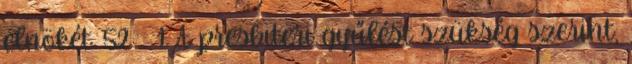
elnökét. 52. § 1 A presbiteri gyűlést szükség szerint,